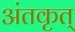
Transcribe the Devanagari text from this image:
अंतकृत्